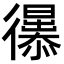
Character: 𢖚